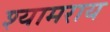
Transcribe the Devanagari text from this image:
श्यामराय